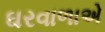
ઘરવાળાએ